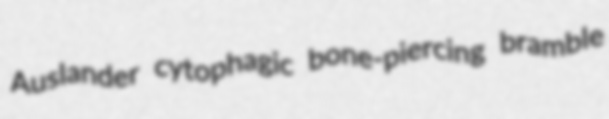
Auslander cytophagic bone-piercing bramble